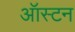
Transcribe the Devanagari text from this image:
ऑस्टन